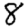
Digit: 8